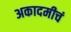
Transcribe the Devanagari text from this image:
अकादमीचं